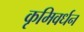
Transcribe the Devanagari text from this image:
कृमिवर्धन